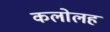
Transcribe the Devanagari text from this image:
कलोलह